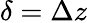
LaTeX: \delta=\Delta z